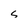
Character: s